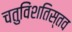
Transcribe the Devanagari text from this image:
चतुविंशतिस्तव